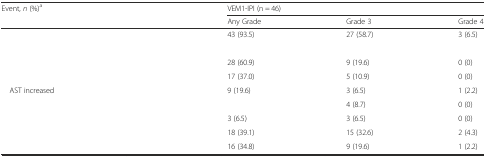
<table><thead><tr><td><b>Event, <i>n</i> (%)<sup>a</sup></b></td><td colspan="3"><b>VEM1-IPI (n = 46)</b></td></tr><tr><td>[EMPTY_CELL]</td><td><b>Any Grade</b></td><td><b>Grade 3</b></td><td><b>Grade 4</b></td></tr></thead><tbody><tr><td>[EMPTY_CELL]</td><td>43 (93.5)</td><td>27 (58.7)</td><td>3 (6.5)</td></tr><tr><td>[EMPTY_CELL]</td><td>[EMPTY_CELL]</td><td>[EMPTY_CELL]</td><td>[EMPTY_CELL]</td></tr><tr><td>[EMPTY_CELL]</td><td>28 (60.9)</td><td>9 (19.6)</td><td>0 (0)</td></tr><tr><td>[EMPTY_CELL]</td><td>17 (37.0)</td><td>5 (10.9)</td><td>0 (0)</td></tr><tr><td> AST increased</td><td>9 (19.6)</td><td>3 (6.5)</td><td>1 (2.2)</td></tr><tr><td>[EMPTY_CELL]</td><td>[EMPTY_CELL]</td><td>4 (8.7)</td><td>0 (0)</td></tr><tr><td>[EMPTY_CELL]</td><td>3 (6.5)</td><td>3 (6.5)</td><td>0 (0)</td></tr><tr><td>[EMPTY_CELL]</td><td>18 (39.1)</td><td>15 (32.6)</td><td>2 (4.3)</td></tr><tr><td>[EMPTY_CELL]</td><td>16 (34.8)</td><td>9 (19.6)</td><td>1 (2.2)</td></tr></tbody></table>